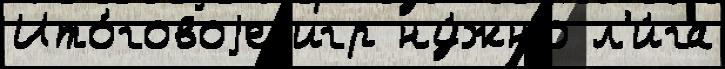
Ито́говоjе игр ну́жно л'и́га